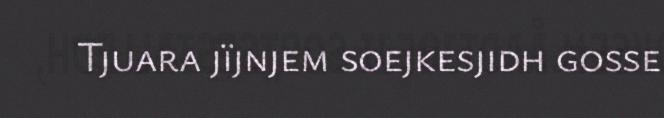
Tjuara jïjnjem soejkesjidh gosse